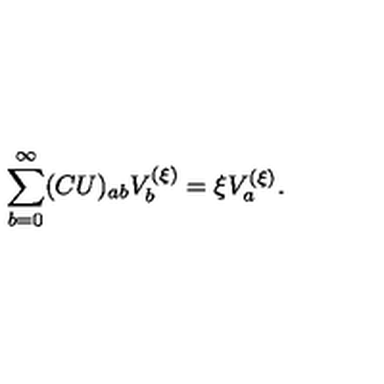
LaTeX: \sum _ { b = 0 } ^ { \infty } ( C U ) _ { a b } V _ { b } ^ { ( \xi ) } = \xi V _ { a } ^ { ( \xi ) } .